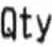
QTY